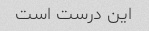
این درست است